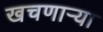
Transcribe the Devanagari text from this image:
खचणार्‍या